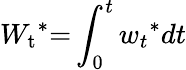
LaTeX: {W_{\mathrm{{t}}}}^{*}\mathrm{{=}}\int_{0}^{t}{{w_{t}}^{*}dt}